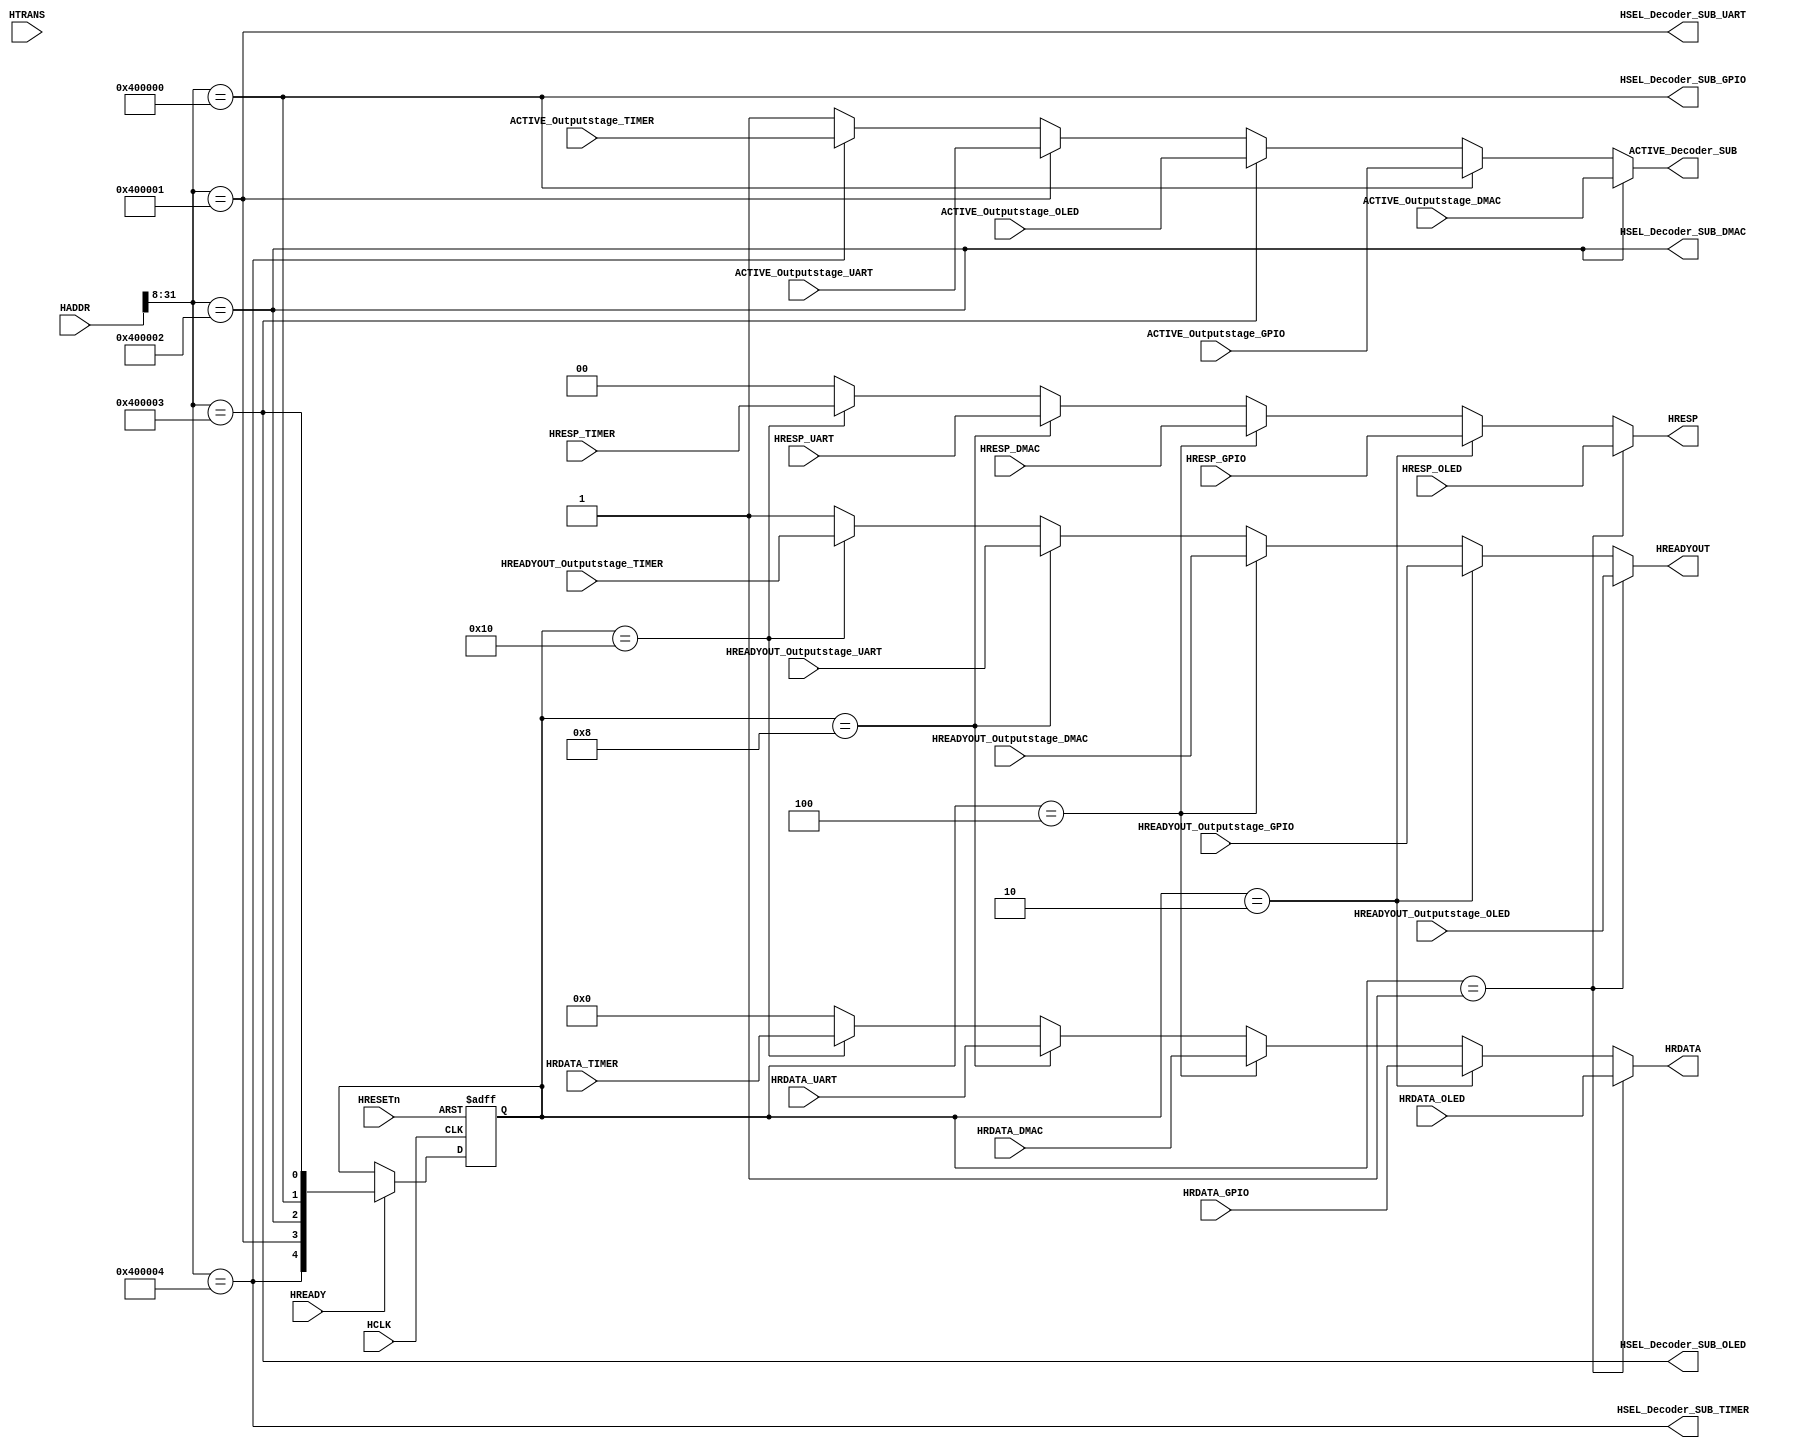
module AHBlite_BusMatrix_Decoder_SUB(

    input   HCLK,
    input   HRESETn,

    //  FROM INPUTSTAGE
    input   HREADY,
    input   [31:0]  HADDR,
    input   [1:0]   HTRANS,

    //  FROM OUTPUTSTAGE
    input   ACTIVE_Outputstage_DMAC,
    input   HREADYOUT_Outputstage_DMAC,
    input   [1:0]   HRESP_DMAC,
    input   [31:0]  HRDATA_DMAC,

    //  FROM OUTPUTSTAGE
    input   ACTIVE_Outputstage_GPIO,
    input   HREADYOUT_Outputstage_GPIO,
    input   [1:0]   HRESP_GPIO,
    input   [31:0]  HRDATA_GPIO,

    //  FROM OUTPUTSTAGE
    input   ACTIVE_Outputstage_OLED,
    input   HREADYOUT_Outputstage_OLED,
    input   [1:0]   HRESP_OLED,
    input   [31:0]  HRDATA_OLED,

    //  FROM OUTPUTSTAGE
    input   ACTIVE_Outputstage_TIMER,
    input   HREADYOUT_Outputstage_TIMER,
    input   [1:0]   HRESP_TIMER,
    input   [31:0]  HRDATA_TIMER,

    //  FROM OUTPUTSTAGE
    input   ACTIVE_Outputstage_UART,
    input   HREADYOUT_Outputstage_UART,
    input   [1:0]   HRESP_UART,
    input   [31:0]  HRDATA_UART,

    //  OUTPUTSTAGE HSEL
    output  wire    HSEL_Decoder_SUB_DMAC,
    output  wire    HSEL_Decoder_SUB_GPIO,
    output  wire    HSEL_Decoder_SUB_OLED,
    output  wire    HSEL_Decoder_SUB_TIMER,
    output  wire    HSEL_Decoder_SUB_UART,
    
    //  SELOUTPUT
    output  wire    ACTIVE_Decoder_SUB,
    output  wire    HREADYOUT,
    output  wire    [1:0]   HRESP,
    output  wire    [31:0]  HRDATA 
);

assign  HSEL_Decoder_SUB_DMAC   = (HADDR[31:8]  ==  28'h400002);
assign  HSEL_Decoder_SUB_UART   = (HADDR[31:8]  ==  28'h400001);
assign  HSEL_Decoder_SUB_GPIO   = (HADDR[31:8]  ==  28'h400000);
assign  HSEL_Decoder_SUB_OLED   = (HADDR[31:8]  ==  24'h400003);
assign  HSEL_Decoder_SUB_TIMER  = (HADDR[31:8]  ==  24'h400004);

assign  ACTIVE_Decoder_SUB    = HSEL_Decoder_SUB_DMAC   ?   ACTIVE_Outputstage_DMAC :
                                (HSEL_Decoder_SUB_GPIO  ?   ACTIVE_Outputstage_GPIO :
                                (HSEL_Decoder_SUB_OLED  ?   ACTIVE_Outputstage_OLED :
                                (HSEL_Decoder_SUB_UART  ?   ACTIVE_Outputstage_UART :
                                (HSEL_Decoder_SUB_TIMER ?   ACTIVE_Outputstage_TIMER:   1'b1))));

reg [4:0] sel_reg;

always@(posedge HCLK or negedge HRESETn) begin
    if(~HRESETn)
        sel_reg <=  5'b0;
    else if(HREADY)
        sel_reg <=  {HSEL_Decoder_SUB_TIMER,
                     HSEL_Decoder_SUB_UART,
                     HSEL_Decoder_SUB_DMAC,
                     HSEL_Decoder_SUB_GPIO,
                     HSEL_Decoder_SUB_OLED};
end

assign  HREADYOUT   =   (sel_reg    ==  5'b00001)  ?   HREADYOUT_Outputstage_OLED    :
                        ((sel_reg   ==  5'b00010)  ?   HREADYOUT_Outputstage_GPIO    :
                        ((sel_reg   ==  5'b00100)  ?   HREADYOUT_Outputstage_DMAC    :
                        ((sel_reg   ==  5'b01000)  ?   HREADYOUT_Outputstage_UART    :
                        ((sel_reg   ==  5'b10000)  ?   HREADYOUT_Outputstage_TIMER   :   1'b1))));

assign  HRESP       =   (sel_reg    ==  5'b00001)  ?   HRESP_OLED    :
                        ((sel_reg   ==  5'b00010)  ?   HRESP_GPIO    :
                        ((sel_reg   ==  5'b00100)  ?   HRESP_DMAC    :
                        ((sel_reg   ==  5'b01000)  ?   HRESP_UART    :
                        ((sel_reg   ==  5'b10000)  ?   HRESP_TIMER   :   2'b00))));
                      
assign  HRDATA      =   (sel_reg    ==  5'b00001)  ?   HRDATA_OLED   :
                        ((sel_reg   ==  5'b00010)  ?   HRDATA_GPIO   :
                        ((sel_reg   ==  5'b00100)  ?   HRDATA_DMAC   :
                        ((sel_reg   ==  5'b01000)  ?   HRDATA_UART   :
                        ((sel_reg   ==  5'b10000)  ?   HRDATA_TIMER  :   32'b0))));

endmodule